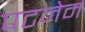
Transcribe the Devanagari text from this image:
पटनेम